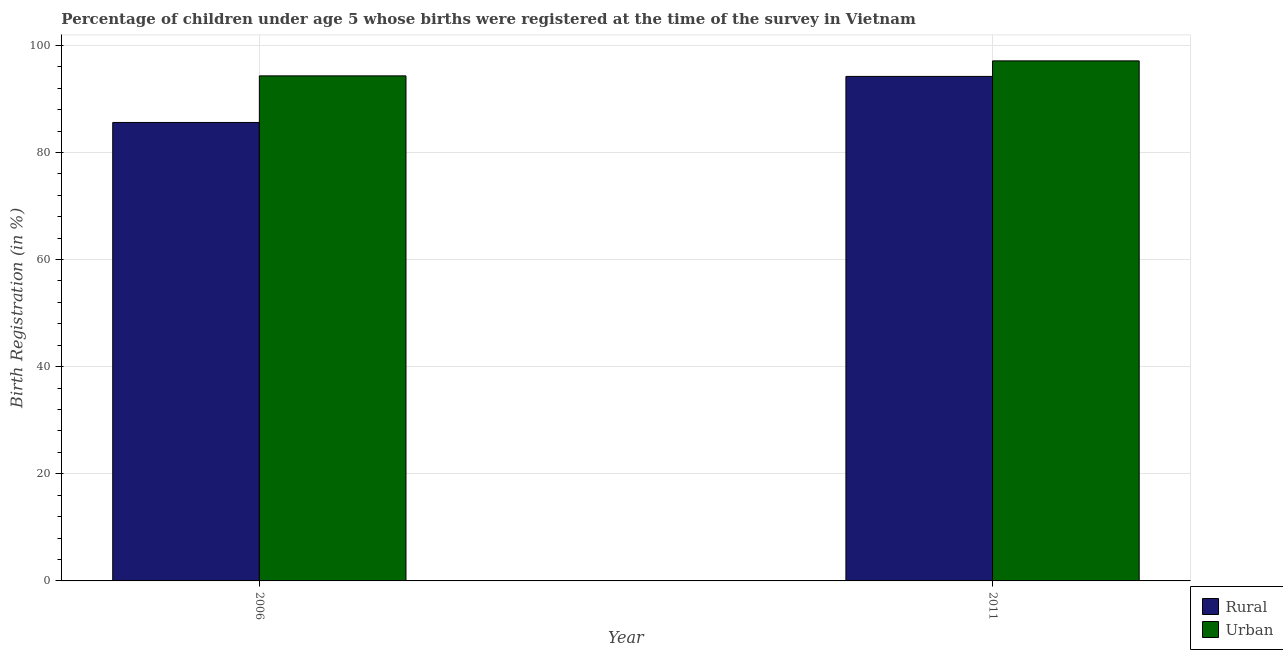
| Year | Rural | Urban |
 | --- | --- | --- |
 | 2006 | 85.6 | 94.3 |
 | 2011 | 94.2 | 97.1 |